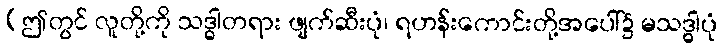
(ဤတွင် လူတို့ကို သဒ္ဓါတရား ဖျက်ဆီးပုံ၊ ရဟန်းကောင်းတို့အပေါ်၌ မသဒ္ဓါပုံ